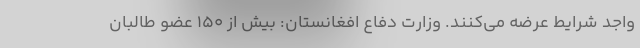
واجد شرایط عرضه می‌کنند. وزارت دفاع افغانستان: بیش از ۱۵۰ عضو طالبان